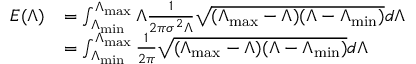
\begin{array} { r l } { E ( \Lambda ) } & { = \int _ { \Lambda _ { \operatorname* { m i n } } } ^ { \Lambda _ { \operatorname* { m a x } } } \Lambda \frac { 1 } { 2 \pi \sigma ^ { 2 } \Lambda } \sqrt { ( \Lambda _ { \operatorname* { m a x } } - \Lambda ) ( \Lambda - \Lambda _ { \operatorname* { m i n } } ) } d \Lambda } \\ & { = \int _ { \Lambda _ { \operatorname* { m i n } } } ^ { \Lambda _ { \operatorname* { m a x } } } \frac { 1 } { 2 \pi } \sqrt { ( \Lambda _ { \operatorname* { m a x } } - \Lambda ) ( \Lambda - \Lambda _ { \operatorname* { m i n } } ) } d \Lambda } \end{array}